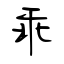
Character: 乖